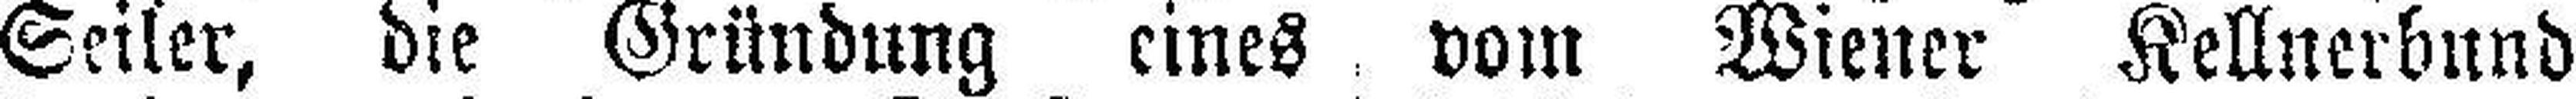
Seiler, die Gründung eines vom Wiener Kellnerbund